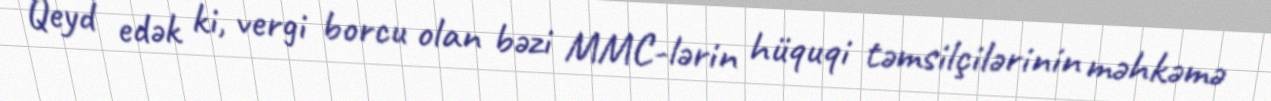
Qeyd edək ki, vergi borcu olan bəzi MMC-lərin hüquqi təmsilçilərinin məhkəmə